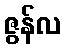
ဇွန်လ